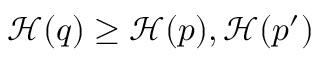
{ \mathcal { H } } ( q ) \geq { \mathcal { H } } ( p ) , { \mathcal { H } } ( p ^ { \prime } )